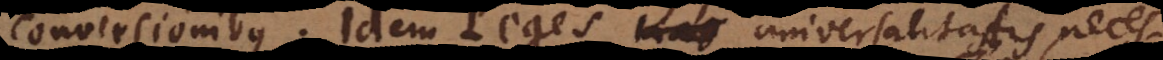
conversionibus. Idem Leges κατ universalitatis, necess